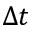
\Delta t